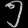
Digit: ၅